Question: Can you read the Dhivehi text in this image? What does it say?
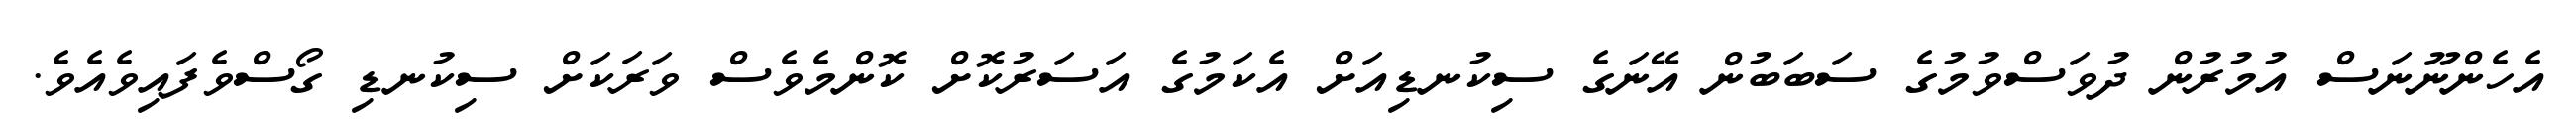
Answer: އެހެންނޫނަސް އުމުރުން ދުވަސްވުމުގެ ސަބަބުން އޭނަގެ ސިކުނޑިއަށް އެކަމުގެ އަސަރުކޮށް ކޮންމެވެސް ވަރަކަށް ސިކުނޑި ގޯސްވެފައިވެއެވެ.